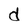
Character: d